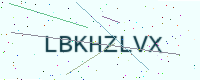
Text: LBKHZLVX